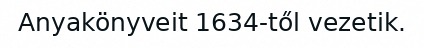
Anyakönyveit 1634-től vezetik.